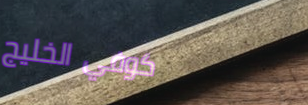
كوفي الخليج